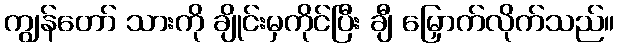
ကျွန်တော် သားကို ချိုင်းမှကိုင်ပြီး ချီ မြှောက်လိုက်သည်။